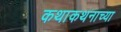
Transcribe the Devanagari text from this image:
कथाकथनाच्या